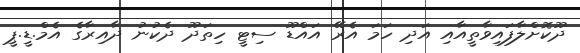
ދޫކޮށްލާފައިވާތީއާއި އަދި ހަމަ އެރޭ އައްޑޫ ސިޓީ ހިތަދޫ ދެކުނު ދާއިރާގެ އެމް.ޑީ.ޕީ